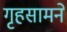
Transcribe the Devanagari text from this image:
गृहसामने